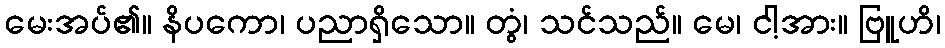
မေးအပ်၏။ နိပကော၊ ပညာရှိသော။ တွံ၊ သင်သည်။ မေ၊ ငါ့အား။ ဗြူဟိ၊